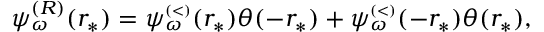
\begin{array} { r } { \psi _ { \omega } ^ { ( R ) } ( r _ { * } ) = \psi _ { \omega } ^ { \scriptscriptstyle ( < ) } ( r _ { * } ) \theta ( - r _ { * } ) + \psi _ { \omega } ^ { \scriptscriptstyle ( < ) } ( - r _ { * } ) \theta ( r _ { * } ) , } \end{array}